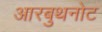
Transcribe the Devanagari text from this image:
आरबुथनोट